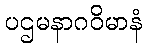
ပဌမနာဂဝိမာနံ